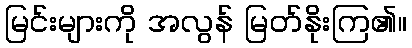
မြင်းများကို အလွန် မြတ်နိုးကြ၏။